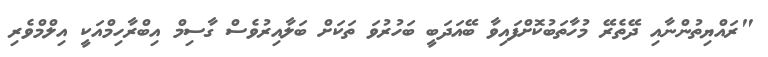
"ރައްޔިތުންނާއި ދޭތެރޭ މުހާތަބުކޮށްފައިވާ ބޭއަދަބީ ބަހުރުވަ ތަކަށް ބަލާއިރުވެސް ގާސިމް އިބްރާހިމްއަކީ އިލްމްވެރި